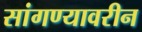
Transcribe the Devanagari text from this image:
सांगण्यावरीन